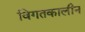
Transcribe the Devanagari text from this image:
विगतकालीन